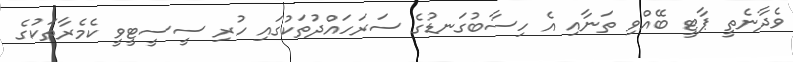
ވެދާނެތީ ޕާޓީ ބޭއްވި ތަނާއި އެ ހިސާބުގަނޑުގެ ސަރަހައްދުތަކުގައި ހުރި ސީސީޓީވީ ކެމެރާތަކުގެ